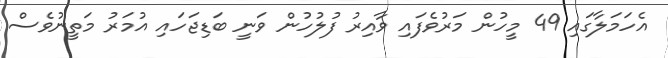
އެހަމަލާގައި 49 މީހުން މަރުވެފައި ވާއިރު ފުލުހުން ވަނީ ބަޑިޖަހައި އުމަރު މަތީނުވެސް